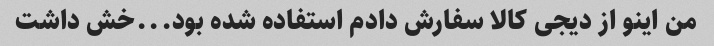
من اینو از دیجی کالا سفارش دادم استفاده شده بود...خش داشت